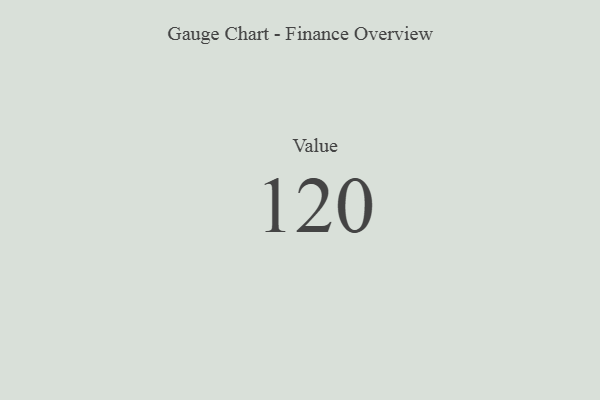
{"axis": {"x": "Metric", "y": "Value"}, "legend": [""], "data": [{"x": "Value", "y": 120, "type": ""}]}